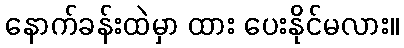
နောက်ခန်းထဲမှာ ထား ပေးနိုင်မလား။